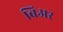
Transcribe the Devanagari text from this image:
ब्रिअर